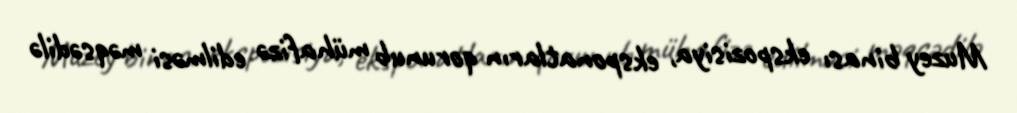
Muzey binası ekspozisiya, eksponatların qorunub mühafizə edilməsi məqsədilə